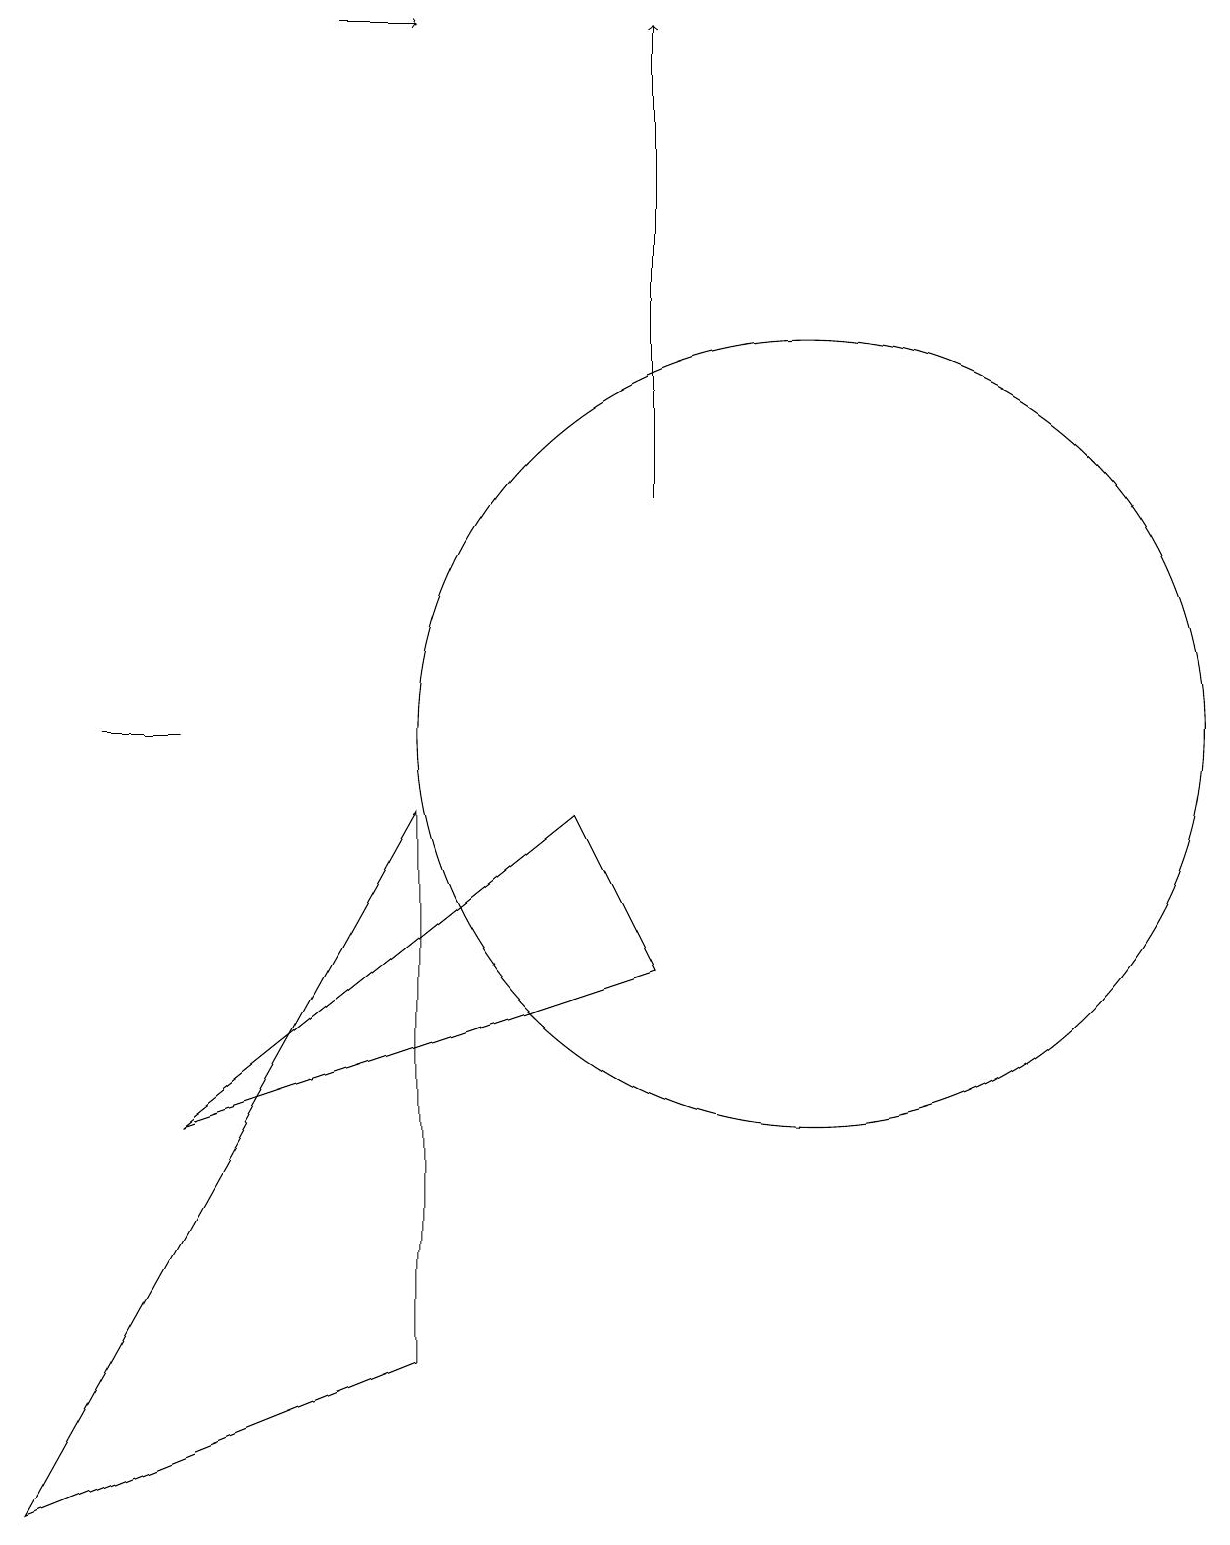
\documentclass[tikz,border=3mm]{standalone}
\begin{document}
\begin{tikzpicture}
\draw[->] (9,13) -- (9,19);
\draw (8,9) -- (3,5) -- (9,7) -- cycle;
\draw[->] (5,19) -- (6,19);
\draw (1,0) -- (6,2) -- (6,9) -- cycle;
\draw (2,10) rectangle (3,10);
\draw (11,10) circle (5);
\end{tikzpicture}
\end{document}